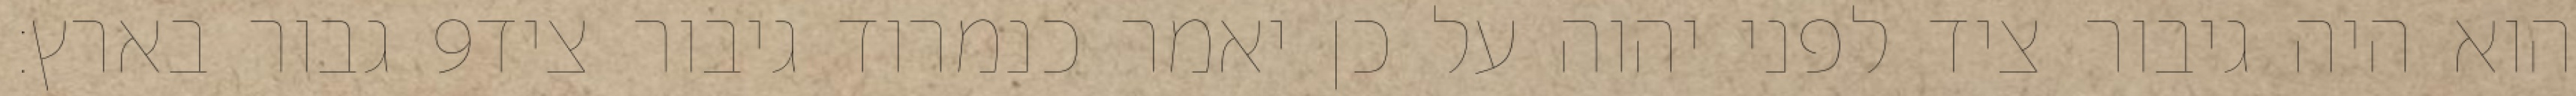
גבור בארץ׃ ‎9‏ הוא היה גיבור ציד לפני יהוה על כן יאמר כנמרוד גיבור ציד